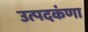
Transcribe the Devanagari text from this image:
उत्पदकंणा